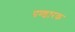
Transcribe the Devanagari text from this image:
पण्डारक